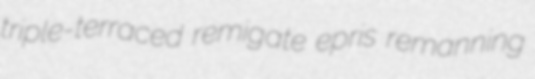
triple-terraced remigate epris remanning